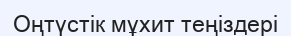
Оңтүстік мұхит теңіздері